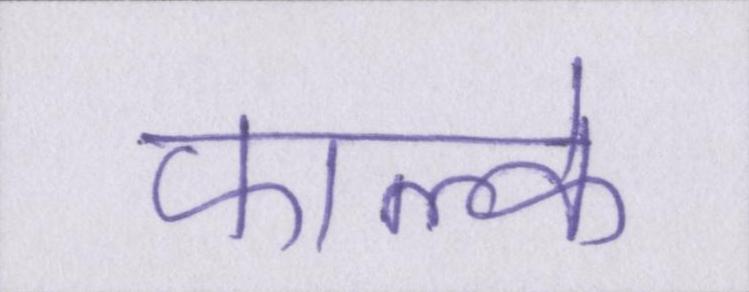
फाल्के